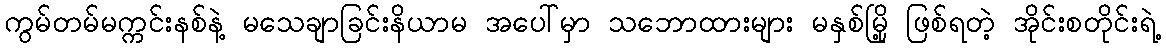
ကွမ်တမ်မက္ကင်းနစ်နဲ့ မသေချာခြင်းနိယာမ အပေါ်မှာ သဘောထားများ မနှစ်မြို့ ဖြစ်ရတဲ့ အိုင်းစတိုင်းရဲ့